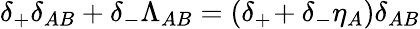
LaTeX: \delta_{+}\delta_{AB}+\delta_{-}\Lambda_{AB}=(\delta_{+}\! +\delta_{-}\eta_{A})\delta_{AB}